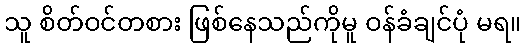
သူ စိတ်ဝင်တစား ဖြစ်နေသည်ကိုမူ ဝန်ခံချင်ပုံ မရ။